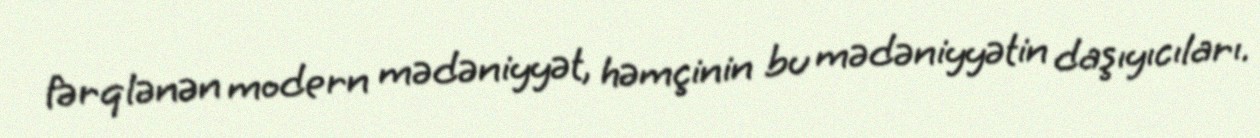
fərqlənən modern mədəniyyət, həmçinin bu mədəniyyətin daşıyıcıları.